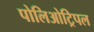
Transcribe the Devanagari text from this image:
पोलिओट्रिपल